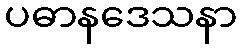
ပဓာနဒေသနာ